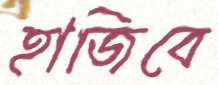
হাজিবে